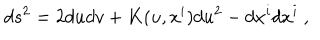
d s ^ { 2 } = 2 d u d v + K ( u , x ^ { i } ) d u ^ { 2 } - d x ^ { i } d x ^ { i } \ ,